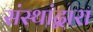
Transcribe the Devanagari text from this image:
संस्थांद्वारा